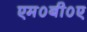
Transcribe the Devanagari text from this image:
एम०बी०ए